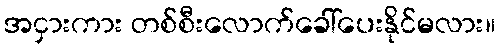
အငှားကား တစ်စီးလောက်ခေါ်ပေးနိုင်မလား။